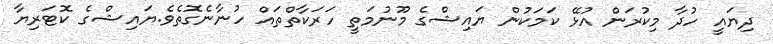
ދިޔައީ ހުދާ މިކުރަން އުޅޭ ކަމަކުން ޔައިޝްގެ މޫނުމަތީ ހަރަކާތްތައް ހުނާނެގޮތެވެ.ޔައިޝްގެ ކޮޓަރިޔާ